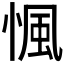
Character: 𢞁